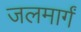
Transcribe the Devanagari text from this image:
जलमार्गं